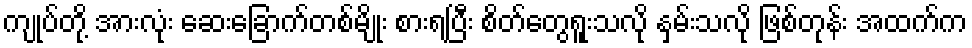
ကျုပ်တို့ အားလုံး ဆေးခြောက်တစ်မျိုး စားရပြီး စိတ်တွေရူးသလို နှမ်းသလို ဖြစ်တုန်း အထက်က